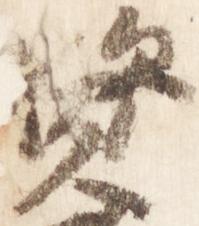
資